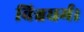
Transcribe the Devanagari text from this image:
विश्वधर्म।